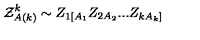
{ \cal Z } _ { A ( k ) } ^ { k } \sim Z _ { 1 [ A _ { 1 } } Z _ { 2 A _ { 2 } } . . . Z _ { k A _ { k } ] }